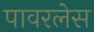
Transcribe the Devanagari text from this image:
पावरलेस